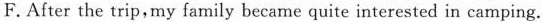
F. After the trip,my family became quite interested in camping.